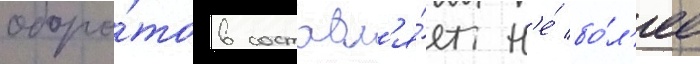
оборо́тов составл'я́ет н'е́ бо́л'ее